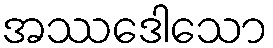
အဿဒေါသော